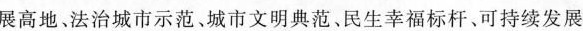
展高地、法治城市示范、城市文明典范、民生幸福标杆、可持续发展